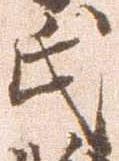
氏